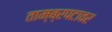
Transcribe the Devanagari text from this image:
ताम्ब्रपटावर